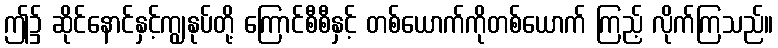
ဤ၌ ဆိုင်နောင်နှင့်ကျွနုပ်တို့ ကြောင်စီစီနှင့် တစ်ယောက်ကိုတစ်ယောက် ကြည့် လိုက်ကြသည်။